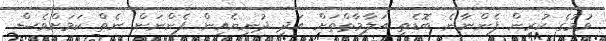
ވުމުގެ ކުރިން ފެންނާނެ ބޮޑެތި އަލާމާތްތަށް އަދި ދުނިޔެއިން ފެންނަން ނެތް ކަމަށްވެސް